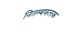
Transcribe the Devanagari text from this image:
नितम्बफलक